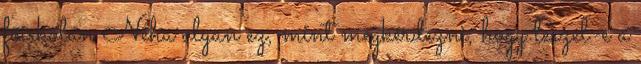
főiskolán Néha olyan ez, mint megkérdezni, hogy leszel-e a